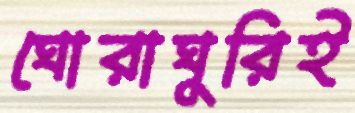
ঘোরাঘুরিই